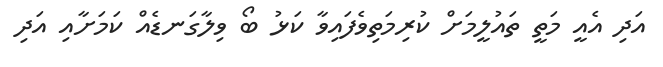
އަދި އެއީ މަތީ ތައުލީމަށް ކުރިމަތިވެފައިވާ ކަޅު ބޯ ވިލާގަނޑެއް ކަމަށާއި އަދި